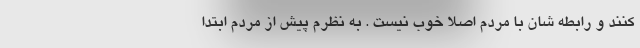
کنند و رابطه شان با مردم اصلا خوب نیست . به نظرم پیش از مردم ابتدا